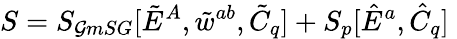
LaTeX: S=S_{\mathcal{G}mSG}[\tilde{{E}}^{A},\tilde{{w}}^{ab},\tilde{{C}}_{q}]+S_{p}[\hat{{E}}^{a},\hat{{C}}_{q}]\;